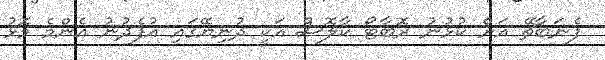
ފެނަބާޗޭ އަށް ކުޅުނު ރޮބާޓޯ ކާލޮސް އަކީ ދުނިޔޭގައި އުފެދުނު އެންމެ މޮޅު